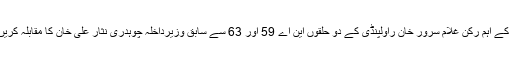
پارٹی کے اہم رکن غلام سرور خان راولپنڈی کے دو حلقوں این اے 59 اور 63 سے سابق وزیرداخلہ چوہدری نثار علی خان کا مقابلہ کریں گے۔